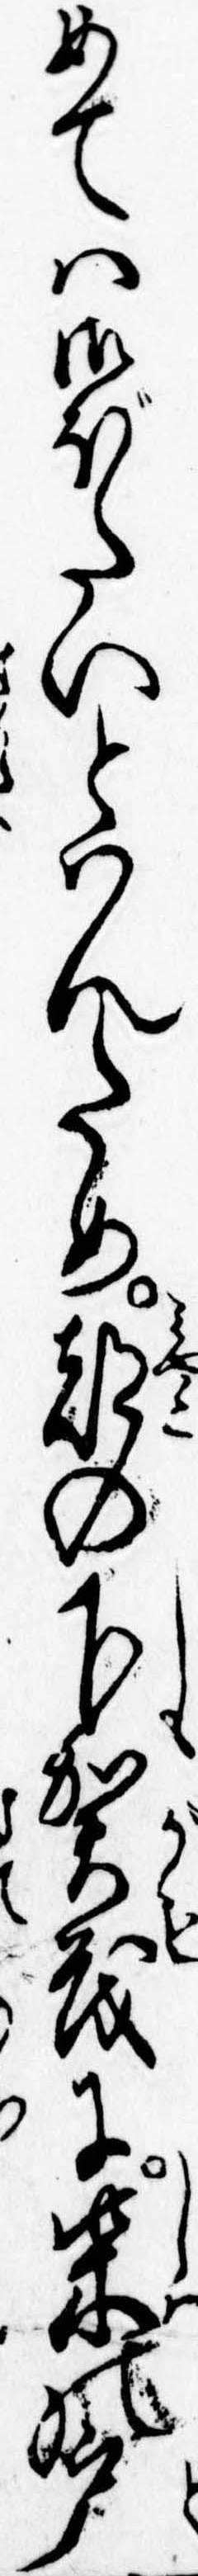
めては御ぼたいとはんため都の下賀茂に柴の戸